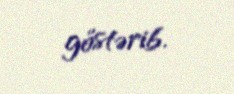
göstərib.